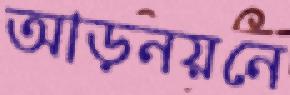
আড়নয়নে